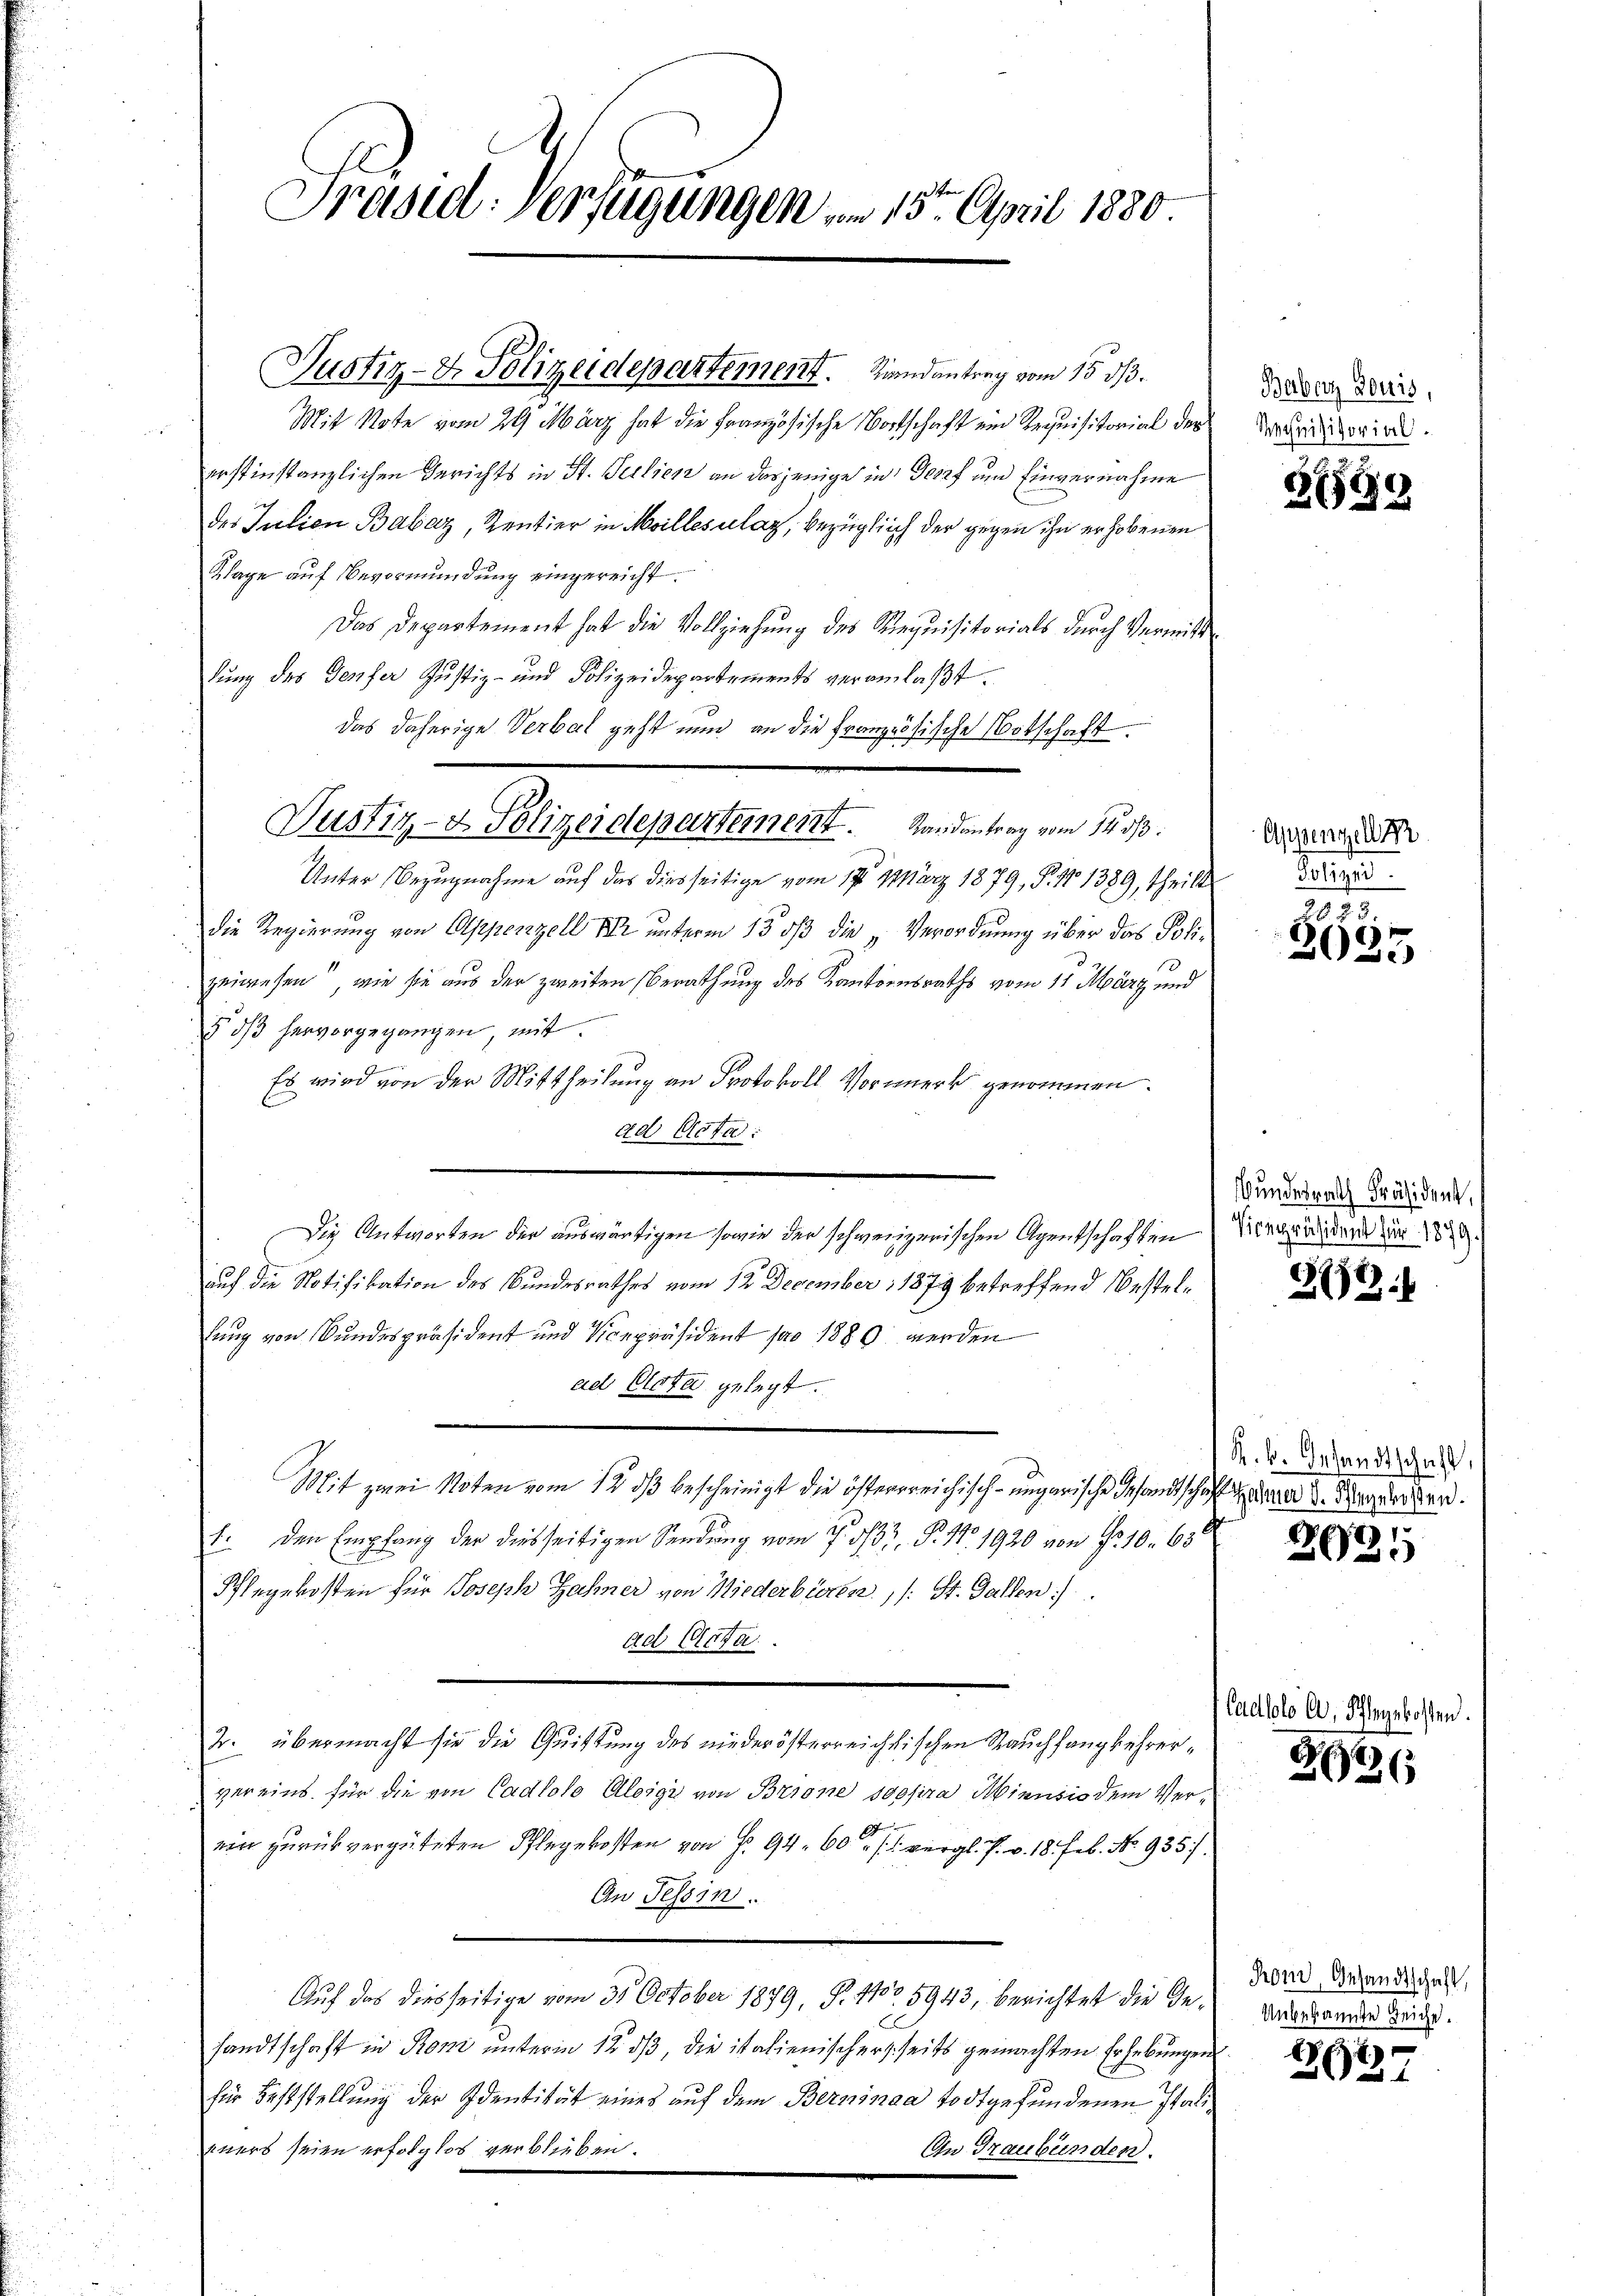
Präsid: Verfügungen vom 15ten April 1880.

Justiz- & Polizeidepartement. Sind antrag vom 15. ds.

Justiz- & Polizeidepartement. Randantrag vom 14. ds.

Mit Note vom 29 März hat die Französische Wortschaft ein Requisitorial der
erstinstanzlichen Gerichts in St. Geilien an dasjenige in Gesef und Einvernahme
des Julian Babaz, Zentier in Meilles lag, bezüglich der gegen ihn erhobenen
Klage auf Bevormundung eingereicht.
Das Departement hat die Vollziehung des Requisitorials durch Vermittlung des Genfer Justiz- und Polizeidepartements veranlaßt.
das daherige Verbal geht nun an die französische Notschaft
Unter Bezugnahme auf das diesseitige vom 17. März 1879, P. No 1389, theilt Züri
die Regierung von Appenzell Ihr unterm 13. ds die „Verordnung über das Polizeiwesen, wie sie aus der zweiten Berathung des Kantonsraths vom 11. März und
§ ds hervorgegangen, mit
Es wird von der Mittheilung an Protokoll Vormerk genommen.
ad Acta:
Die Antworten der auswärtigen sowie der schweizerischen Agentschaften
auf die Notifikation des Bundesrathes vom 12. December 1879 betreffend Bestellung von Bundespräsident und Vicepräsident pro 1880 werden
ad Acta gelegt.
Mit zwei Noten vom 12. ds bescheinigt die österrreichisch-ungarische Gesandtschaft da d. Kinder.
1. den Empfang der diesseitigen Sendung vom 7. d. P. 17. 1920 von No 10. 630
Pflegekosten für Joseph Zahner von Niederbieren. /: St. Gallen
ad Acta.
T. übermacht sie die Quittung des niederösterreichstischen Rauchfangkehrervereins für die von Cadtolo Aloigi von Brione sopra Minusio dem Ver¬
A
ein zurückvergüteten Pflegekosten von P. 94. 60 vergl. P. v. 18. Feb. No 935.
An Tessin.
Auf das diesseitige vom 31. October 1879, P. 1100. 5943, berichtet die Gesandtschaft in Ron unterm 12. ds, die italienischerseits gemachten Erhebungen.
für Feststellung der Identität eines auf dem Berninea todt gefundenen Italieuers seien erfolglos verblieben.
On Graubünden.

Baber Louis,
Rechnisitorial.

21559

Appenzell er

2023
)
202

Bundesrath Präsident,
Vicepräsident für 1879.

372.

R. b. Gesandtschaft,

1
025

Cadtolo a, Schlegekosten.

226

Ton, Gesandtschaft,
Unbekannte Leiche.

1618)
 4